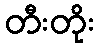
တီးတိုး